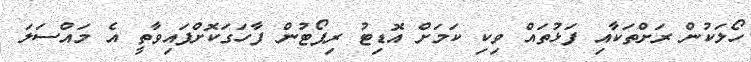
ހޯލަކުން ރަށްތަކާއި ފަޅުތައް ވިކި ކަމަށް އޮޑިޓު ރިޕޯޓުން ފާހަގަކޮށްފައިވާތީ އެ މައްސަލަ